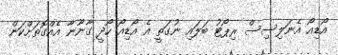
އޯޑިއޯ އެނަލިސިސް ރިޕޯޓު ބަލައި ނުގަތީ އެ އޯޑިއޯ ހޯދީ ގާނޫނާ އެއްގޮތަށްކަން